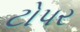
ટોપર